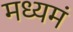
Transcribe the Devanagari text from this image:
मध्यमं